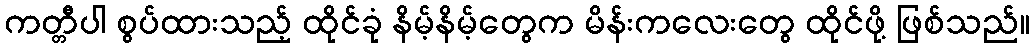
ကတ္တီပါ စွပ်ထားသည့် ထိုင်ခုံ နိမ့်နိမ့်တွေက မိန်းကလေးတွေ ထိုင်ဖို့ ဖြစ်သည်။